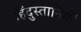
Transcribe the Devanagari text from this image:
हिंदुस्तानियों